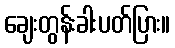
ချေးတွန်းခါးပတ်ပြား။